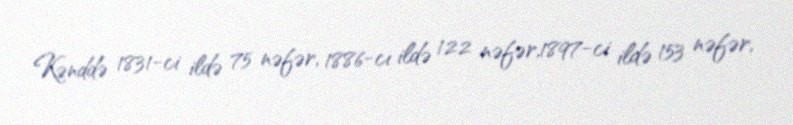
Kənddə 1831-ci ildə 75 nəfər, 1886-cı ildə 122 nəfər,1897-ci ildə 153 nəfər,